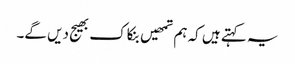
یہ کہتے ہیں کہ ہم تمھیں بنکاک بھیج دیں گے۔